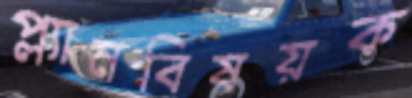
প্ল্যানবিষয়ক